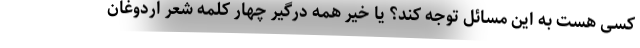
کسی هست به این مسائل توجه کند؟ یا خیر همه درگیر چهار کلمه شعر اردوغان